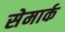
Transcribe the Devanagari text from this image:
सेमार्क